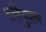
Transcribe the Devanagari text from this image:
पर्कियुश्न